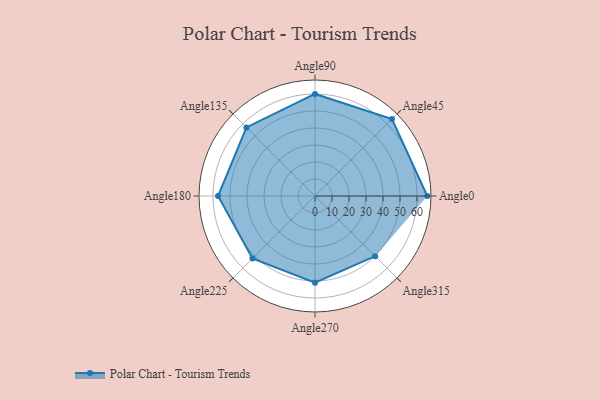
{"axis": {"x": "Angle", "y": "Radius"}, "legend": [""], "data": [{"x": "Angle0", "y": 66.0, "type": ""}, {"x": "Angle45", "y": 64.0, "type": ""}, {"x": "Angle90", "y": 60.0, "type": ""}, {"x": "Angle135", "y": 57.0, "type": ""}, {"x": "Angle180", "y": 57.0, "type": ""}, {"x": "Angle225", "y": 52.0, "type": ""}, {"x": "Angle270", "y": 51.0, "type": ""}, {"x": "Angle315", "y": 50, "type": ""}]}